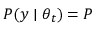
P ( y \mid \theta _ { t } ) = P